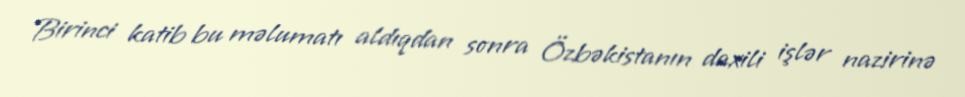
Birinci katib bu məlumatı aldıqdan sonra Özbəkistanın daxili işlər nazirinə